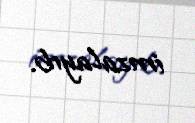
imzalayıb.